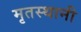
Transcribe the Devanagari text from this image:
मृतस्थानी